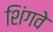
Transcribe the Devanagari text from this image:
शिंगवे